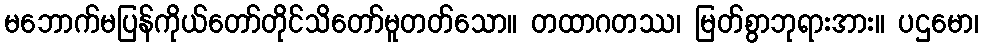
မဘောက်မပြန်ကိုယ်တော်တိုင်သိတော်မူတတ်သော။ တထာဂတဿ၊ မြတ်စွာဘုရားအား။ ပဌမော၊